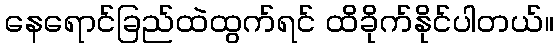
နေရောင်ခြည်ထဲထွက်ရင် ထိခိုက်နိုင်ပါတယ်။